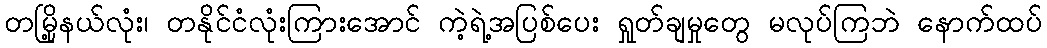
တမြို့နယ်လုံး၊ တနိုင်ငံလုံးကြားအောင် ကဲ့ရဲ့အပြစ်ပေး ရှုတ်ချမှုတွေ မလုပ်ကြဘဲ နောက်ထပ်